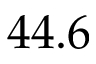
4 4 . 6